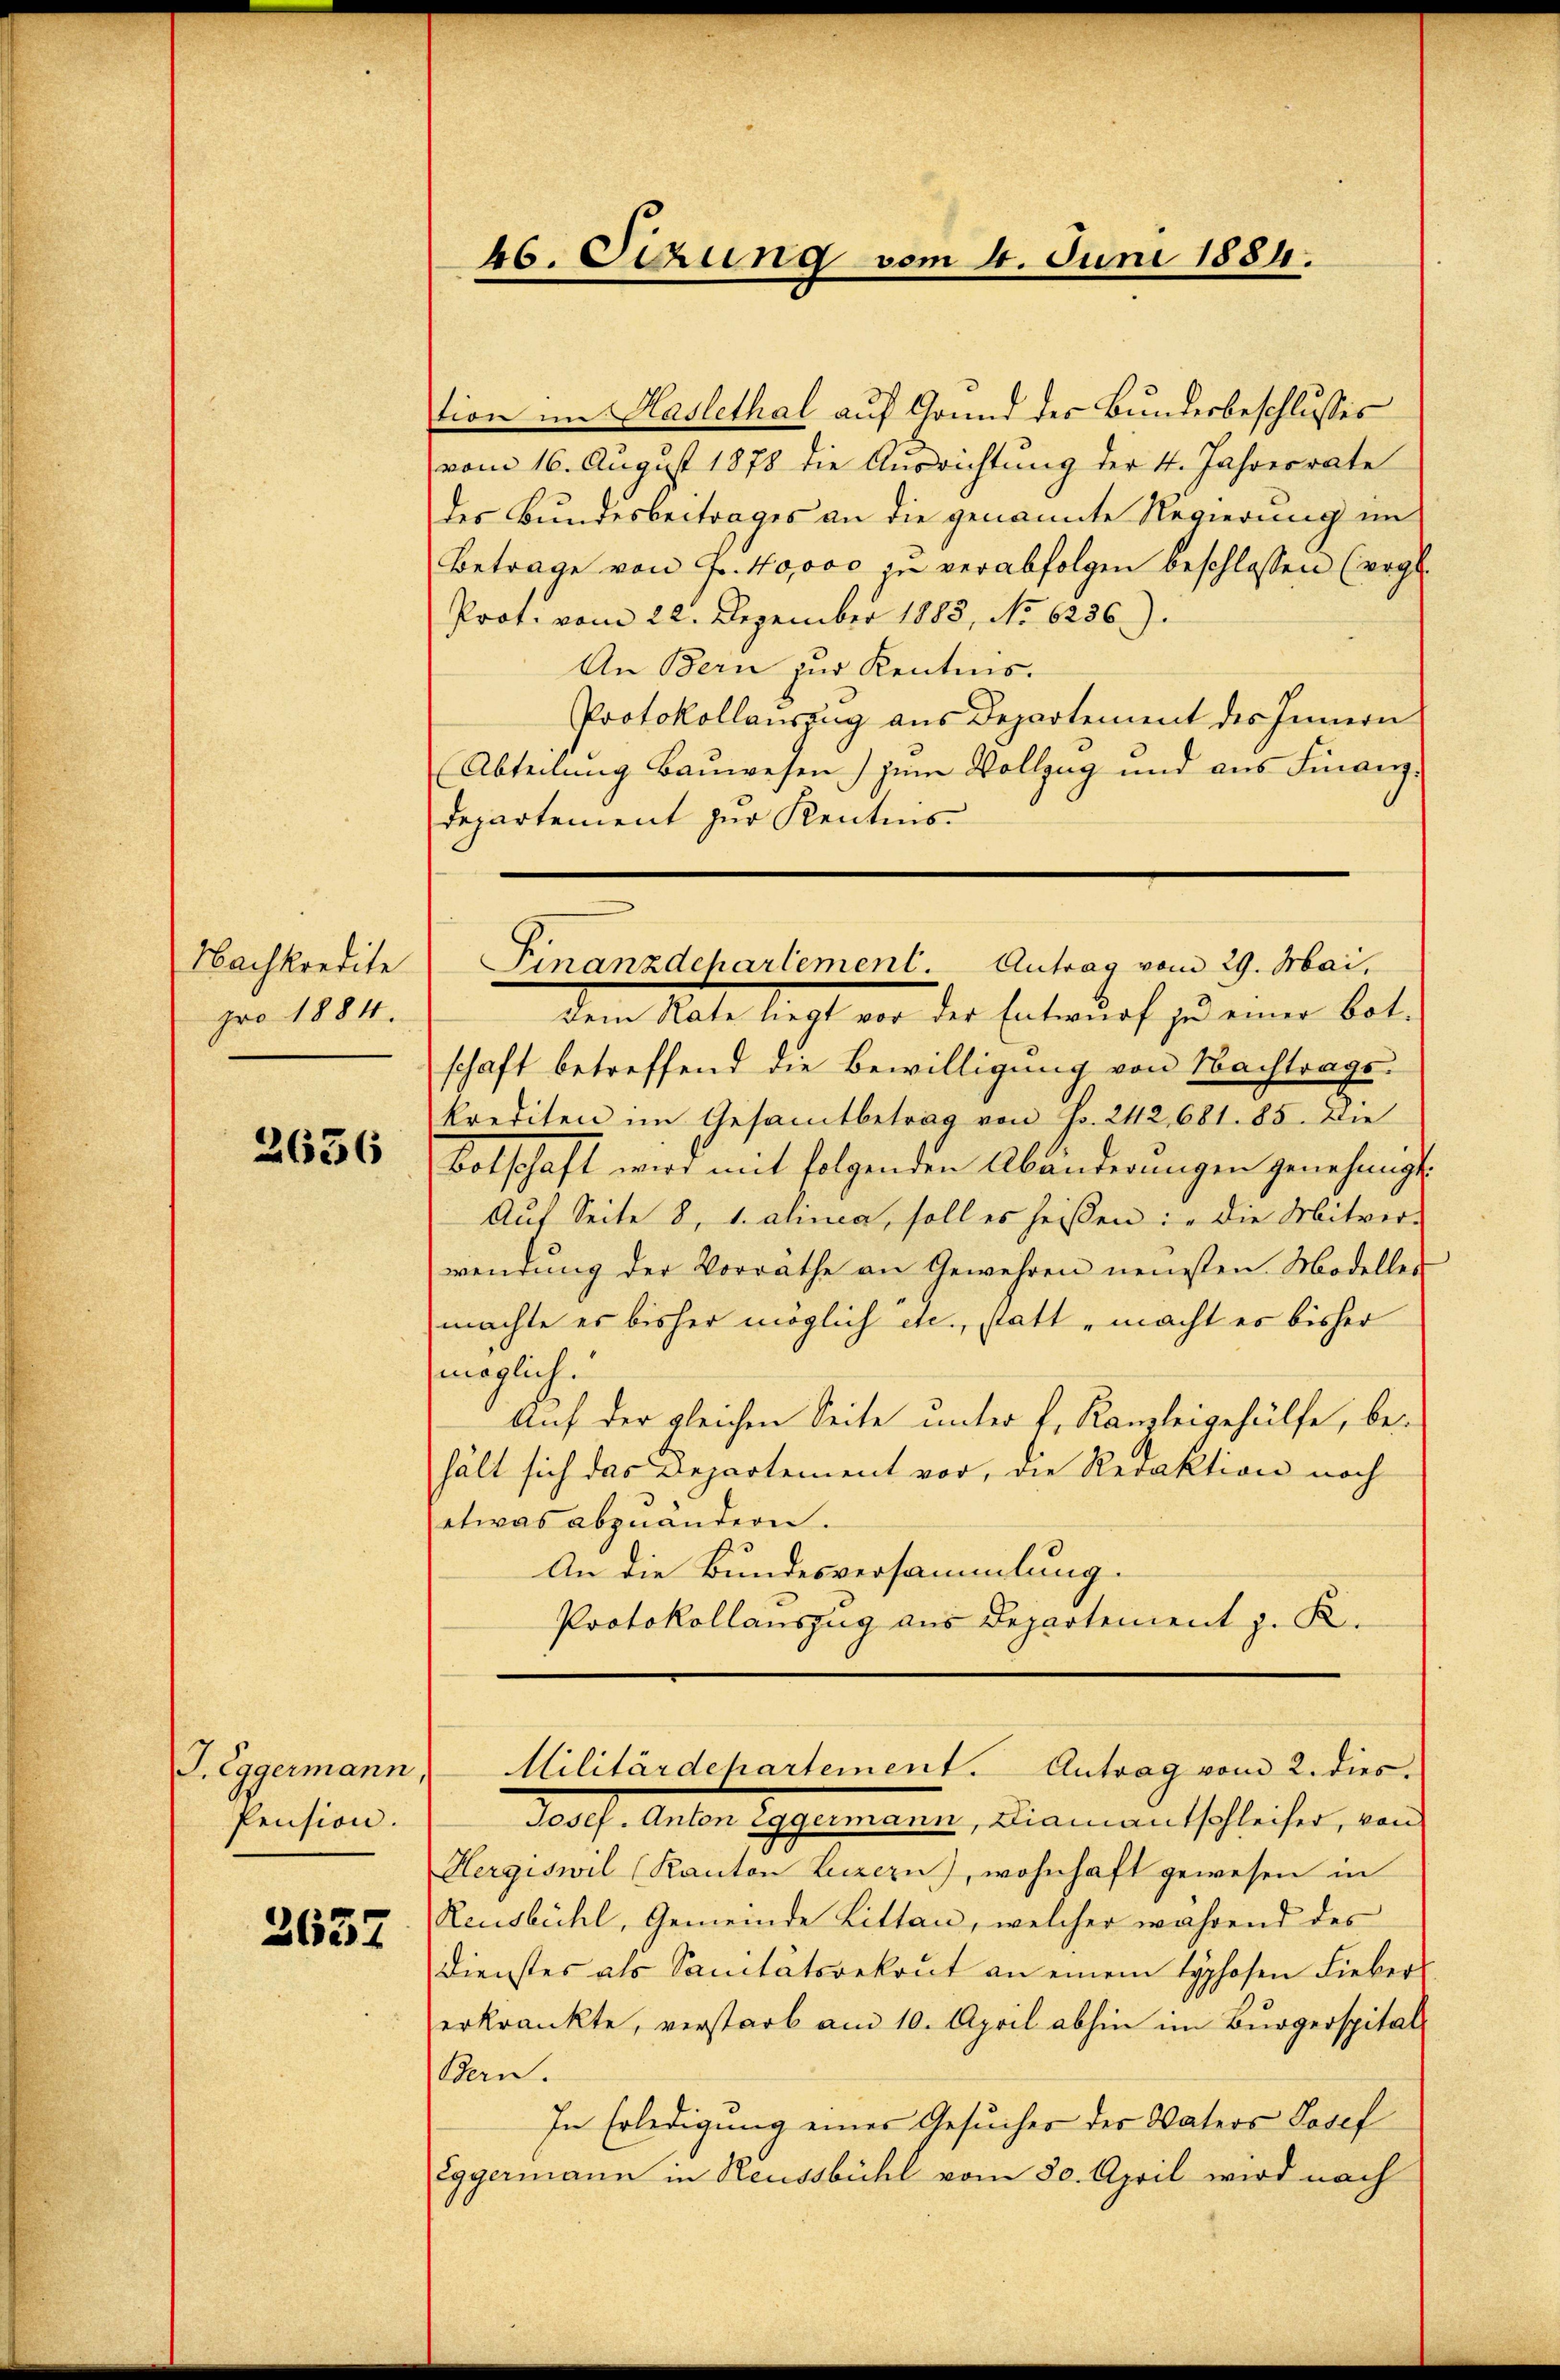
Nachkredite
pro 1884.

2636

J. Lagermann
Pension.

3637

46. Sizung vom 4. Juni 1884.

tion im Haslethal auf Grund des Bundesbeschlusses
vom 16. August 1878 die Ausrichtung der 4. Jahresrate
des Bundesbeitrages an die genannte Regierung im
Betrage von Fr. 40000 zu verabfolgen beschlossen (vgl.
Prot. vom 22. Dezember 1883, No 6236).
An Bern zur Kentnns.
Protokollauszug aus Departement des Innern
Abteilung Bauwesen) zum Vollzug und aus Finanz¬
Departement zur Kentnisdem Rate liegt vor der Entwurf zu einer Botschaft betreffend die Bewilligung von Nachtrage
krediten im Gesamtbetrag von Fr. 242, 681. 85. Die
Botschaft wird mit folgenden Abänderungen genehmigt.
Auf Seite 8, 1. alina, soll es heißen: „die Mitver-
wendung der Vorrathe an Gewehren neuesten Modelle-
machte er bisher möglich etc., statt , macht es bisher
möglich.
Auf der gleichen Seite unter f. Kanzleigehülfe, behält sich das Bepartement vor, die Redaktion noch
etwas abzuändern.
An die Bundesversammlung.
Protokollauszug aus Departement z. K.
Militärdehartement. Antrag vom 2. dies
Prof. Andern Systemen sein, Diamant schleicher, wenn
Hergiswil (Kanton Luzern), wohnhaft gewesen in
Reusbühl, Gemeinde Litten, welcher während des
Dienstes als Sanitätsrekont an einem Hyphosen Liebers
erkrankte, verstarb am 10. April abhin im Bürgerspital
Bern.
In Erledigung eines Gesuches des Vaters Josef
Eggermann in Reussbühl vom 30. April wird nach

Finanzdepartement. Antrag vom 29. Mai.